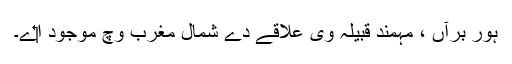
ہور برآں ، مہمند قبیلہ وی علاقے دے شمال مغرب وچ موجود ا‏‏ے۔